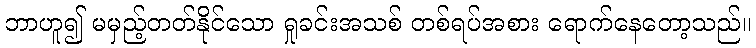
ဘာဟူ၍ မမှည့်တတ်နိုင်သော ရှုခင်းအသစ် တစ်ရပ်အစား ရောက်နေတော့သည်။